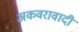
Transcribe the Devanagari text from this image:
अकवरावादी